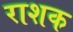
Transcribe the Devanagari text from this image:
राशक